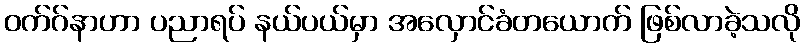
ဝက်ဂ်နာဟာ ပညာရပ် နယ်ပယ်မှာ အလှောင်ခံတယောက် ဖြစ်လာခဲ့သလို